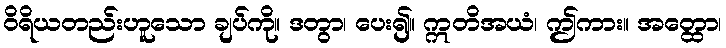
ဝိရိယတည်းဟူသော ချပ်ကို။ ဒတွာ၊ ပေး၍။ ဣတိအယံ၊ ဤကား။ အတ္ထော၊